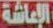
الإعاشة